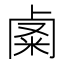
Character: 𥹟